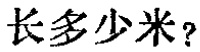
长多少米？